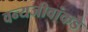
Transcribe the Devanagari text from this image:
वन्यजीवांकडे